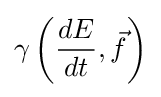
\gamma \left({\frac {dE}{dt}},{\vec {f}}\right)